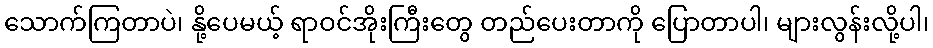
သောက်ကြတာပဲ၊ နို့ပေမယ့် ရာဝင်အိုးကြီးတွေ တည်ပေးတာကို ပြောတာပါ၊ များလွန်းလို့ပါ၊